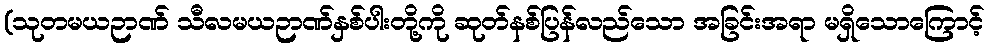
(သုတမယဉာဏ် သီလမယဉာဏ်နှစ်ပါးတို့ကို ဆုတ်နစ်ပြန်လည်သော အခြင်းအရာ မရှိသောကြောင့်